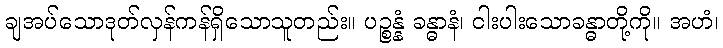
ချအပ်သောဒုတ်လှန်ကန်ရှိသောသူတည်း။ ပဉ္စန္နံ ခန္ဓာနံ၊ ငါးပါးသောခန္ဓာတို့ကို။ အဟံ၊